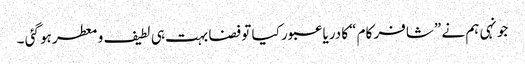
جونہی ہم نے ”شافر کام “کا دریا عبور کیا تو فضا بہت ہی لطیف و معطر ہو گئی ۔